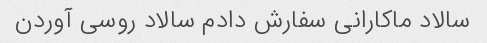
سالاد ماکارانی سفارش دادم سالاد روسی آوردن